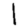
Digit: 1